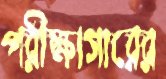
পরীক্ষাগারের